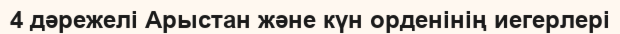
4 дәрежелі Арыстан және күн орденінің иегерлері